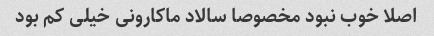
اصلا خوب نبود مخصوصا سالاد ماکارونی خیلی کم بود